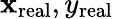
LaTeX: \mathbf{x}_{\mathrm{{real}}},y_{\mathrm{{real}}}